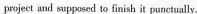
project and supposed to finish it punctually.